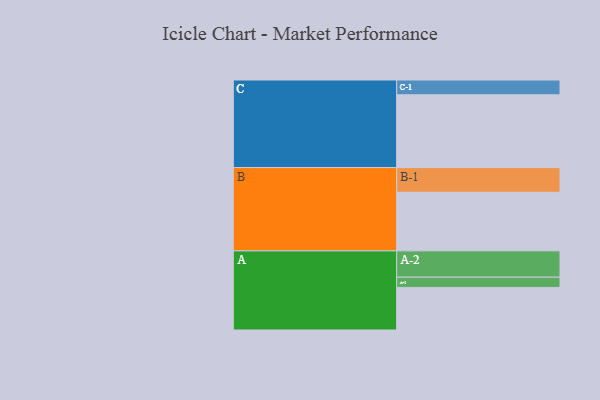
{"axis": {"x": "Segment", "y": "Value"}, "legend": ["", "A", "B", "C"], "data": [{"x": "A", "y": 348, "type": ""}, {"x": "B", "y": 479, "type": ""}, {"x": "C", "y": 595, "type": ""}, {"x": "A-1", "y": 84, "type": "A"}, {"x": "A-2", "y": 215, "type": "A"}, {"x": "B-1", "y": 202, "type": "B"}, {"x": "C-1", "y": 121, "type": "C"}]}